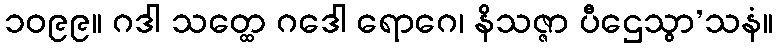
၁၀၉၉။ ဂဒါ သတ္ထေ ဂဒေါ ရောဂေ၊ နိသဇ္ဇာ ပီဌေသွာ’သနံ။